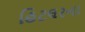
હિટલરના